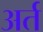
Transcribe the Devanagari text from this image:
अर्त